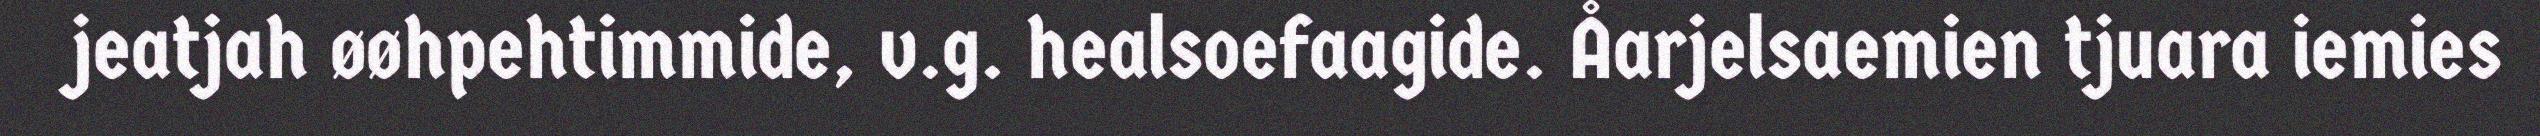
jeatjah øøhpehtimmide, v.g. healsoefaagide. Åarjelsaemien tjuara iemies